Lunatic asylums in Bengal annual reports 1888-1898 - 1888-1898
Year: 1888
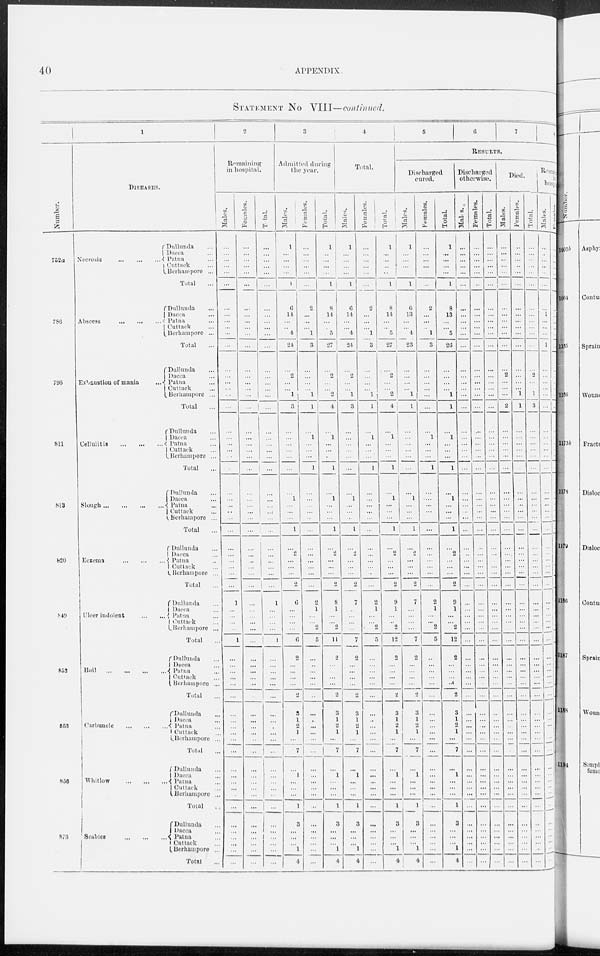
40
APPENDIX.
STATEMENT No VIII—continued.
Number.
752a
786
795
811
813
820
849
852
853
856
873
1
DISEASES.
Necrosis
...
...
...
Dullunda ...
Dacca ...
Patna ...
Cuttack ...
Berhampore ...
Total ...
Abscess
...
...
...
Dullunda ...
Dacca ...
Patna ...
Cuttack ...
Berhampore ...
Total ...
Exhaustion of mania ...
Dullunda ...
Dacca ...
Patna ...
Cuttack ...
Berhampore ...
Total ...
Cellulitis
...
...
...
Dullunda ...
Dacca
...
Patna ...
Cuttack ...
Berhampore ...
Total ...
Slough
...
...
...
Dullunda ...
Dacca ...
Patna ...
Cuttack ...
Berhampore ...
Total ...
Eczema
...
...
...
Dullunda ...
Dacca ...
Patna ...
Cuttack ...
Berhampore ...
Total ...
Ulcer indolent
Dullunda ...
Dacca ...
Patna ...
Cuttack ...
Berhampore ...
Total ...
Boil
...
...
...
Dullunda ...
Dacca ...
Patna ...
Cuttack ...
Berhampore ...
Total ...
Carbuncle
...
...
...
Dullunda ...
Dacca ...
Patna ...
Cuttack ...
Berhampore ...
Total
...
Whitlow ... ...
Dullunda ...
Dacca ...
Patna ...
Cuttack ...
Berhampore ...
Total ...
Scabies
...
...
...
Dullunda ...
Dacca ...
Patna ...
Cuttack ...
Berhampore ...
Total ...
2
Remaining
in hospital.
Males.
...
...
...
...
...
...
...
...
...
...
...
...
...
...
...
...
...
...
...
...
...
...
...
...
...
...
...
...
...
...
...
...
...
...
...
...
1
...
...
...
...
1
...
...
...
...
...
...
...
...
...
...
...
...
...
...
...
...
...
...
...
...
...
...
...
...
Females.
...
...
...
...
...
...
...
...
...
...
...
...
...
...
...
...
...
...
...
...
...
...
...
...
...
...
...
...
...
...
...
...
...
...
...
...
...
...
...
...
...
...
...
...
...
...
...
...
...
...
...
...
...
...
...
...
...
...
...
...
...
...
...
...
...
...
Total.
...
...
...
...
...
...
...
...
...
...
...
...
...
...
...
...
...
...
...
...
...
...
...
...
...
...
...
...
...
...
...
...
... ...
...
...
1
...
...
...
...
1
...
...
...
...
...
...
...
...
...
...
...
...
...
...
...
...
...
...
. . .
... ...
...
...
...
3
Admitted during
the year.
Males.
1
...
...
...
...
1
6
14
...
...
4
24
...
2
...
...
1
3
...
...
...
...
...
...
...
1
...
...
...
...
...
...
...
...
...
2
6
...
...
...
...
6
2
...
...
...
...
...
3
1
2
1
...
7
...
1
...
...
...
1
3
...
...
...
1
4
Females.
...
...
...
...
...
...
2
...
...
...
1
3
...
...
...
...
1
1
...
1
...
...
...
1
...
...
...
...
...
...
...
...
...
...
...
...
2
1
...
...
2
5
...
...
...
...
...
...
...
...
...
...
...
...
...
... ...
...
...
...
...
...
...
...
...
...
Total.
1
...
...
...
...
1
8
14
...
...
5
27
...
2
...
...
2
4
...
1
...
...
...
1
...
1
...
...
...
1
...
2
...
...
...
2
8
1
...
...
2
11
2
...
...
...
...
2
3
1
2
1
...
7
...
1
...
...
...
1
3
...
...
...
1
4
4
Total.
Males.
1
...
...
...
...
1
6
14
...
...
4
24
...
2
...
...
1
3
...
...
...
...
...
...
...
1
...
...
...
1
...
2
...
...
...
2
7
...
...
...
...
7
2
...
...
...
...
2
3
1
2
1
...
7
...
1
...
...
...
1
3
...
...
...
1
4
Females.
...
...
...
...
...
...
2
...
...
...
1
3
...
...
...
...
1
1
...
1
...
...
...
1
...
...
...
...
...
...
...
...
...
...
...
...
2
1
...
...
2
5
...
...
...
...
...
...
...
...
...
...
...
...
...
...
...
...
...
...
...
...
...
...
...
...
Total.
1
...
...
...
...
1
8
14
...
...
5
27
...
2
... ...
2
4
...
1
...
...
...
1
...
1
...
...
...
1
...
2
...
...
...
2
9
1
...
...
2
12
2
...
...
...
...
2
3
1
2
1
...
7
...
1
...
...
...
1
3
...
...
...
1
4
5 6 7 8
RESULTS.
Discharged
cured.
Males.
1
...
...
...
...
1
6
13
...
...
4
23
...
...
...
...
1
1
...
...
...
...
...
...
...
1
...
...
...
1
...
2
...
...
...
2
7
...
...
...
...
7
2
...
...
...
...
2
3
1
2
1
...
7
...
1
...
...
...
1
3
...
...
...
1
4
Females.
...
...
...
...
...
...
2
...
...
...
1
3
...
...
...
...
...
...
...
1
...
...
...
1
...
...
...
...
...
...
...
...
...
...
...
...
2
1
...
...
2
5
...
...
...
...
...
...
...
...
...
...
...
...
...
... ...
...
...
...
...
...
...
...
...
...
Total.
1
...
...
...
...
1
8
13
...
...
5
26
...
...
...
...
1
1
...
1
...
...
...
1
...
1
...
...
...
1
...
2
...
...
...
2
9
1
...
...
2
12
2
...
...
...
...
2
3
1
2
1
...
7
...
1
...
...
...
1
3
...
...
...
1
4
Discharged
otherwise.
Males.
...
...
...
...
...
...
...
...
...
...
...
...
...
...
...
...
...
...
...
...
...
...
...
...
...
...
...
...
...
...
...
...
...
...
...
...
...
...
...
...
...
...
...
...
...
...
...
...
...
...
...
...
...
...
...
...
...
...
...
...
...
...
...
...
...
...
Females.
...
...
...
...
...
...
...
...
...
...
...
...
...
...
...
...
...
...
...
...
...
...
...
...
...
...
...
...
...
...
...
...
...
...
...
...
...
...
...
...
...
...
...
...
...
...
...
...
...
...
...
...
...
...
...
... ...
...
...
...
...
...
...
...
...
...
Total.
...
...
...
...
...
...
...
...
...
...
...
...
...
...
...
...
...
...
...
...
...
...
...
...
...
...
...
...
...
...
...
...
...
...
...
...
...
...
...
...
...
...
...
...
...
...
...
...
...
...
...
...
...
...
...
...
...
...
...
...
...
...
...
...
...
...
Died.
Males.
...
...
...
...
...
...
...
...
...
...
...
...
...
2
...
...
...
2
...
...
...
...
...
...
...
...
...
...
...
...
...
...
...
...
...
...
...
...
...
...
...
...
...
...
...
...
...
...
...
...
...
...
...
...
...
...
...
...
...
...
...
...
...
...
...
...
Females.
...
...
...
...
...
...
...
...
...
...
...
...
...
...
...
...
1
1
...
...
...
...
...
...
...
...
...
...
...
...
...
...
...
...
...
...
...
...
...
...
...
...
...
...
...
...
...
...
...
...
...
...
...
...
...
... ...
...
...
...
...
...
...
...
...
...
Total.
...
...
...
...
...
...
...
...
...
...
...
...
...
2
...
...
1
3
...
...
...
...
...
...
...
...
...
...
...
...
...
...
...
...
...
...
...
...
...
...
...
...
...
...
...
...
...
...
...
...
...
...
...
...
...
...
...
...
...
...
...
...
...
...
...
...
Remai ni ng in
hospital.
Males.
...
...
...
...
...
...
...
1
...
...
...
1
...
...
...
...
...
...
...
...
...
...
...
...
...
...
...
...
...
...
...
...
...
...
...
...
...
...
...
...
...
...
...
...
...
...
...
...
...
...
...
...
...
...
...
...
...
...
...
...
...
...
...
...
...
...
Females.
...
...
...
...
...
...
...
...
...
...
...
...
...
...
...
...
...
...
...
...
...
...
...
...
...
... ...
...
...
...
...
...
...
...
...
...
...
...
...
...
...
...
...
...
...
...
...
...
...
...
...
...
...
...
...
...
...
...
...
...
...
...
...
...
...
...